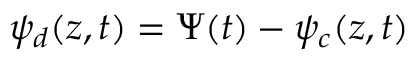
\psi _ { d } ( z , t ) = \Psi ( t ) - \psi _ { c } ( z , t )